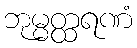
ဘုမ္မတ္ထရဏံ